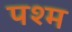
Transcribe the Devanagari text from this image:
पश्म